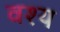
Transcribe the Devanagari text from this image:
वश्य